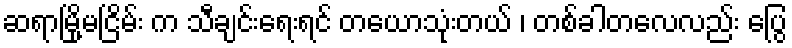
ဆရာမြို့မငြိမ်း က သီချင်းရေးရင် တယောသုံးတယ် ၊ တစ်ခါတလေလည်း ပြွေ